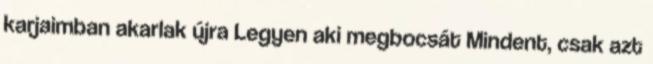
karjaimban akarlak újra Legyen aki megbocsát Mindent, csak azt